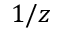
1 / z